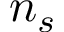
n _ { s }